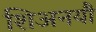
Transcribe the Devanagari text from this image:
शिअनयौ